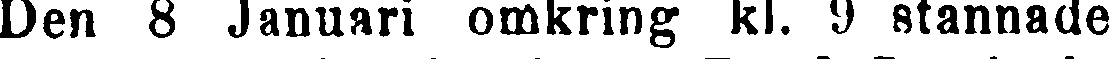
Den 8 Januari omkring kl. 9 stannade